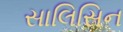
સાલિસિન